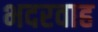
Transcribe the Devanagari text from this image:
भदरवाह